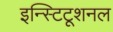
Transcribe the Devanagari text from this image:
इन्स्टिटूशनल